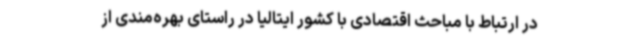
در ارتباط با مباحث اقتصادی با کشور ایتالیا در راستای بهره‌مندی از